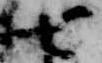
七